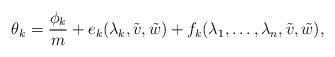
LaTeX: \begin{align*}\theta_k=\frac{\phi_k}{m}+e_k(\lambda_k,\tilde{v},\tilde{w})+f_k(\lambda_1,\dots,\lambda_n,\tilde{v},\tilde{w}),\end{align*}